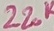
Text: 220K